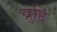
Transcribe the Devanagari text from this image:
व्रुद्दि